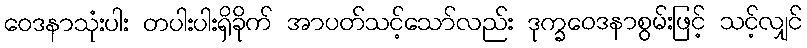
ဝေဒနာသုံးပါး တပါးပါးရှိခိုက် အာပတ်သင့်သော်လည်း ဒုက္ခဝေဒနာစွမ်းဖြင့် သင့်လျှင်